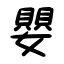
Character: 嬰